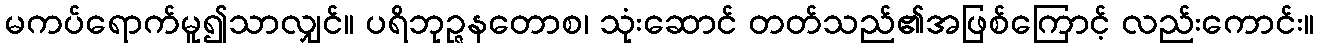
မကပ်ရောက်မူ၍သာလျှင်။ ပရိဘုဉ္ဇနတောစ၊ သုံးဆောင် တတ်သည်၏အဖြစ်ကြောင့် လည်းကောင်း။